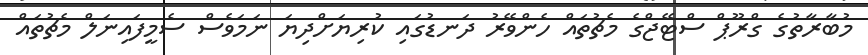
މުބާރާތުގެ ގްރޫޕް ސްޓޭޖްގެ މެޗުތައް ހެންވޭރު ދަނޑުގައި ކުރިޔަށްދިޔަ ނަމަވެސް ސެމީފައިނަލް މެޗުތައް